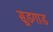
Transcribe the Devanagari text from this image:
सूडगाड